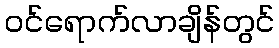
ဝင်ရောက်လာချိန်တွင်